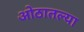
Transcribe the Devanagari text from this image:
ओठातल्या